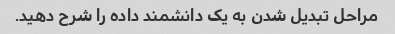
مراحل تبدیل شدن به یک دانشمند داده را شرح دهید.